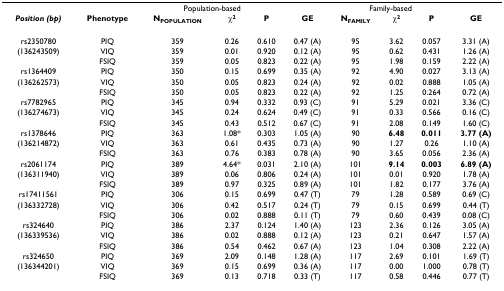
<table><thead><tr><td></td><td></td><td colspan="3"><b>Population-based</b></td><td></td><td colspan="3"><b>Family-based</b></td><td></td></tr><tr><td><b><i>Position (bp)</i></b></td><td><b>Phenotype</b></td><td><b>N<sub>POPULATION</sub></b></td><td><b>χ<sup>2</sup></b></td><td><b>P</b></td><td><b>GE</b></td><td><b>N<sub>FAMILY</sub></b></td><td><b>χ<sup>2</sup></b></td><td><b>P</b></td><td><b>GE</b></td></tr></thead><tbody><tr><td>rs2350780</td><td>PIQ</td><td>359</td><td>0.26</td><td>0.610</td><td>0.47 (A)</td><td>95</td><td>3.62</td><td>0.057</td><td>3.31 (A)</td></tr><tr><td>(136243509)</td><td>VIQ</td><td>359</td><td>0.01</td><td>0.920</td><td>0.12 (A)</td><td>95</td><td>0.62</td><td>0.431</td><td>1.26 (A)</td></tr><tr><td></td><td>FSIQ</td><td>359</td><td>0.05</td><td>0.823</td><td>0.22 (A)</td><td>95</td><td>1.98</td><td>0.159</td><td>2.22 (A)</td></tr><tr><td>rs1364409</td><td>PIQ</td><td>350</td><td>0.15</td><td>0.699</td><td>0.35 (A)</td><td>92</td><td>4.90</td><td>0.027</td><td>3.13 (A)</td></tr><tr><td>(136262573)</td><td>VIQ</td><td>350</td><td>0.05</td><td>0.823</td><td>0.24 (A)</td><td>92</td><td>0.02</td><td>0.888</td><td>1.05 (A)</td></tr><tr><td></td><td>FSIQ</td><td>350</td><td>0.05</td><td>0.823</td><td>0.22 (A)</td><td>92</td><td>1.25</td><td>0.264</td><td>0.72 (A)</td></tr><tr><td>rs7782965</td><td>PIQ</td><td>345</td><td>0.94</td><td>0.332</td><td>0.93 (C)</td><td>91</td><td>5.29</td><td>0.021</td><td>3.36 (C)</td></tr><tr><td>(136274673)</td><td>VIQ</td><td>345</td><td>0.24</td><td>0.624</td><td>0.49 (C)</td><td>91</td><td>0.33</td><td>0.566</td><td>0.16 (C)</td></tr><tr><td></td><td>FSIQ</td><td>345</td><td>0.43</td><td>0.512</td><td>0.67 (C)</td><td>91</td><td>2.08</td><td>0.149</td><td>1.60 (C)</td></tr><tr><td>rs1378646</td><td>PIQ</td><td>363</td><td>1.08*</td><td>0.303</td><td>1.05 (A)</td><td>90</td><td><b>6.48</b></td><td><b>0.011</b></td><td><b>3.77 (A)</b></td></tr><tr><td>(136214872)</td><td>VIQ</td><td>363</td><td>0.61</td><td>0.435</td><td>0.73 (A)</td><td>90</td><td>1.27</td><td>0.26</td><td>1.10 (A)</td></tr><tr><td></td><td>FSIQ</td><td>363</td><td>0.76</td><td>0.383</td><td>0.78 (A)</td><td>90</td><td>3.65</td><td>0.056</td><td>2.36 (A)</td></tr><tr><td>rs2061174</td><td>PIQ</td><td>389</td><td>4.64*</td><td>0.031</td><td>2.10 (A)</td><td>101</td><td><b>9.14</b></td><td><b>0.003</b></td><td><b>6.89 (A)</b></td></tr><tr><td>(136311940)</td><td>VIQ</td><td>389</td><td>0.06</td><td>0.806</td><td>0.24 (A)</td><td>101</td><td>0.01</td><td>0.920</td><td>1.78 (A)</td></tr><tr><td></td><td>FSIQ</td><td>389</td><td>0.97</td><td>0.325</td><td>0.89 (A)</td><td>101</td><td>1.82</td><td>0.177</td><td>3.76 (A)</td></tr><tr><td>rs17411561</td><td>PIQ</td><td>306</td><td>0.15</td><td>0.699</td><td>0.47 (T)</td><td>79</td><td>1.28</td><td>0.589</td><td>0.69 (C)</td></tr><tr><td>(136332728)</td><td>VIQ</td><td>306</td><td>0.42</td><td>0.517</td><td>0.24 (T)</td><td>79</td><td>0.15</td><td>0.699</td><td>0.44 (T)</td></tr><tr><td></td><td>FSIQ</td><td>306</td><td>0.02</td><td>0.888</td><td>0.11 (T)</td><td>79</td><td>0.60</td><td>0.439</td><td>0.08 (C)</td></tr><tr><td>rs324640</td><td>PIQ</td><td>386</td><td>2.37</td><td>0.124</td><td>1.40 (A)</td><td>123</td><td>2.36</td><td>0.126</td><td>3.05 (A)</td></tr><tr><td>(136339536)</td><td>VIQ</td><td>386</td><td>0.02</td><td>0.888</td><td>0.12 (A)</td><td>123</td><td>0.21</td><td>0.647</td><td>1.57 (A)</td></tr><tr><td></td><td>FSIQ</td><td>386</td><td>0.54</td><td>0.462</td><td>0.67 (A)</td><td>123</td><td>1.04</td><td>0.308</td><td>2.22 (A)</td></tr><tr><td>rs324650</td><td>PIQ</td><td>369</td><td>2.09</td><td>0.148</td><td>1.28 (A)</td><td>117</td><td>2.69</td><td>0.101</td><td>1.69 (T)</td></tr><tr><td>(136344201)</td><td>VIQ</td><td>369</td><td>0.15</td><td>0.699</td><td>0.36 (A)</td><td>117</td><td>0.00</td><td>1.000</td><td>0.78 (T)</td></tr><tr><td></td><td>FSIQ</td><td>369</td><td>0.13</td><td>0.718</td><td>0.33 (T)</td><td>117</td><td>0.58</td><td>0.446</td><td>0.77 (T)</td></tr></tbody></table>